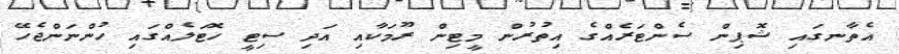
އެތާނގައި ޝޮޕިން ސެންޓަރެއްގެ އިތުރުން މީޓިން ރޫމަކާއި އަދި ސިޓީ ހޮޓަލެއްގައި ހުންނަންޖެހޭ